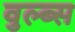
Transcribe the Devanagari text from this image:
वुल्ब्स